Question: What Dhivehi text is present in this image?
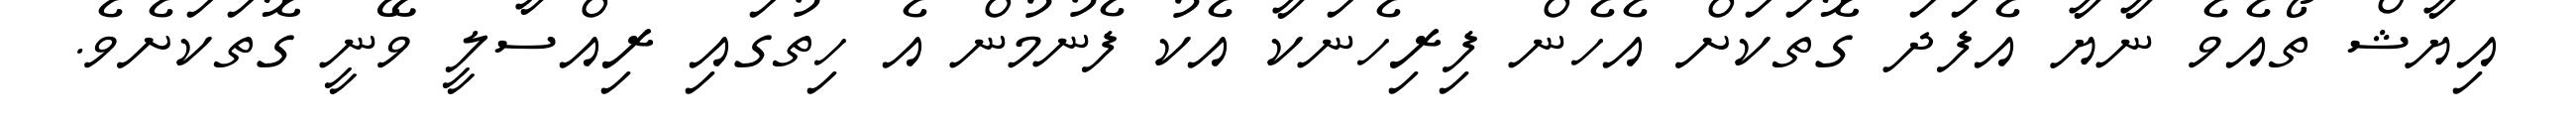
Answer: އިޔާޝް ތޯއެވެ ނާޔާ އެފަދަ ގޮތަކަށް އެހެން ފިރިހެނަކާ އެކު ފެނުމުން އެ ހިތުގައި ރިއްސާލީ ވޭނީ ގޮތަކަށެވެ.